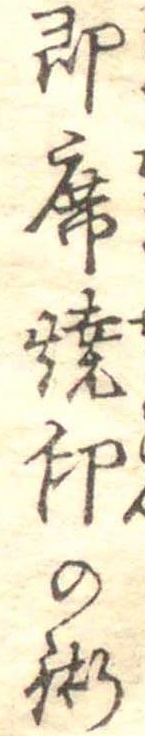
即席焼印の術